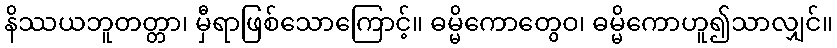
နိဿယဘူတတ္တာ၊ မှီရာဖြစ်သောကြောင့်။ ဓမ္မိကောတွေဝ၊ ဓမ္မိကောဟူ၍သာလျှင်။